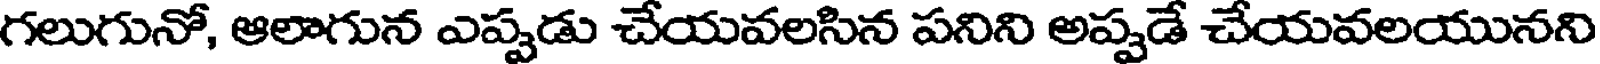
గలుగునో, ఆలాగున ఎప్పడు చేయవలసిన పనిని అప్పడే చేయవలయునని